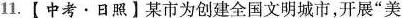
11.【中考·日照】某市为创建全国文明城市，开展”美